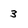
Character: 3